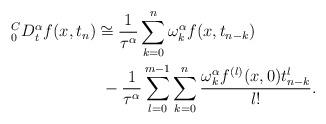
LaTeX: \begin{align*}\begin{aligned}{^C_0}D^\alpha_tf(x,t_n)&\cong \frac{1}{\tau^\alpha}\sum_{k=0}^{n}\omega^\alpha_kf(x,t_{n-k}) \\&\ -\frac{1}{\tau^\alpha}\sum^{m-1}_{l=0}\sum^{n}_{k=0}\frac{\omega^\alpha_k f^{(l)}(x,0)t_{n-k}^{l}}{l!}.\end{aligned}\end{align*}